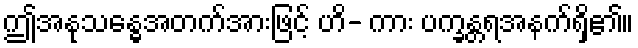
ဤအနုသန္ဓေအတက်အားဖြင့် ဟိ- ကား ပက္ခန္တရအနက်ရှိ၏။